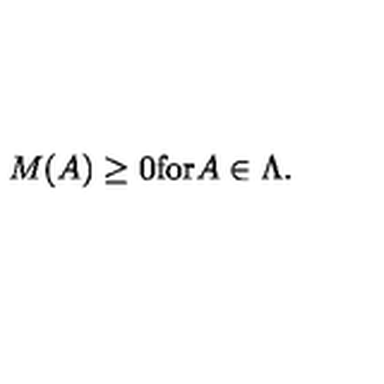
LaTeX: M ( A ) \geq 0 \mathrm { f o r } A \in \Lambda .